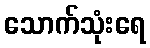
သောက်သုံးရေ